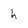
Character: h